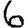
Digit: 6